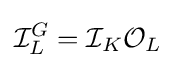
{\mathcal {I}}_{L}^{G}={\mathcal {I}}_{K}{\mathcal {O}}_{L}